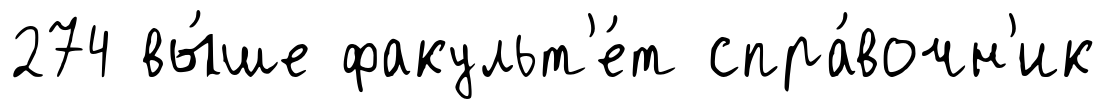
274 вы́ше факульт'е́т спра́вочн'ик